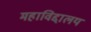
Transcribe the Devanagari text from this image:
महाविद्दालय